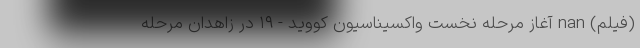
(فیلم) nan آغاز مرحله نخست واکسیناسیون کووید - ۱۹ در زاهدان مرحله